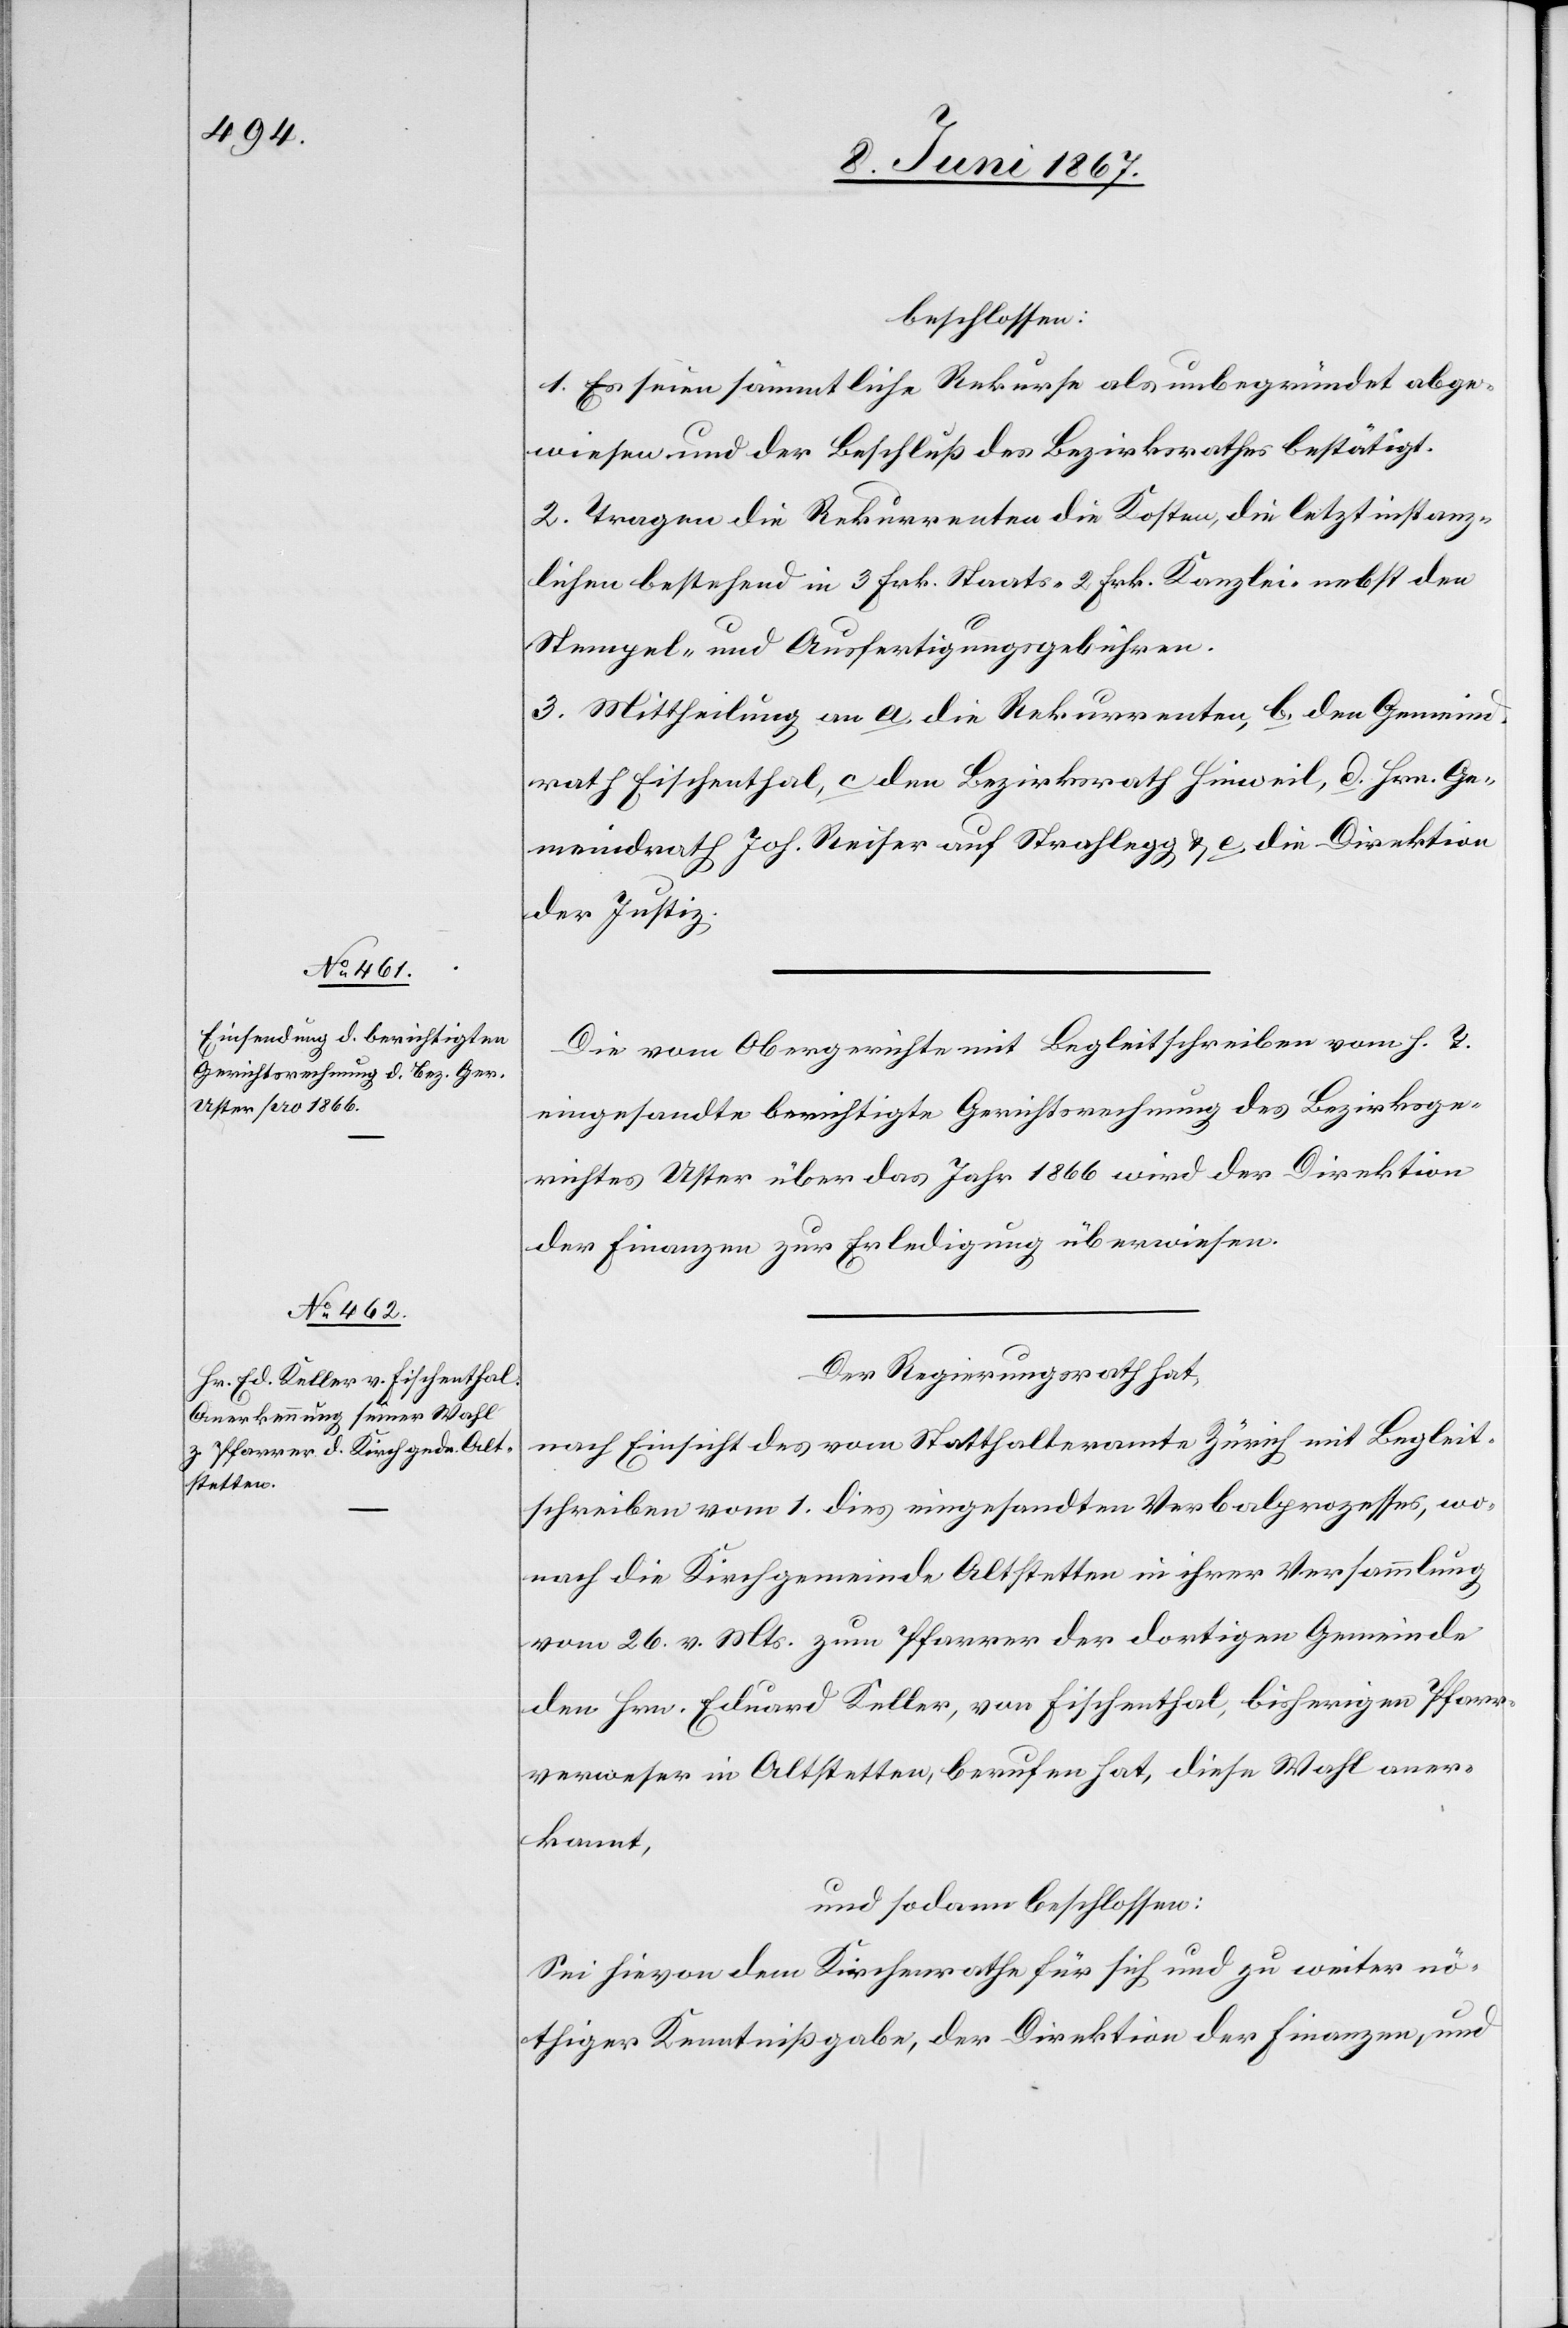
beschlossen:
1. Es seien sämmtliche Rekurse als unbegründet abge¬
wiesen und der Beschluß des Bezirksrathes bestätigt.
2. Tragen die Rekurrenten die Kosten, die letztinstanz¬
lichen bestehend in 3 Frk. Staats-[,] 2 Frk. Kanzlei- nebst den
Stempel- und Ausfertigungsgebühren.
3. Mittheilung an a. die Rekurrenten, b. den Gemeind¬
rath Fischenthal, c, den Bezirksrath Hinweil, d. Hrn. Ge¬
meindrath Joh. Reiser auf Strahlegg u. e. die Direktion
der Justiz.
Die vom Obergerichte mit Begleitschreiben vom h. T.
eingesandte berichtigte Gerichtsrechnung des Bezirksge¬
richtes Uster über das Jahr 1866 wird der Direktion
der Finanzen zur Erledigung überwiesen.
Der Regierungsrath hat,
nach Einsicht des vom Statthalteramte Zürich mit Begleit¬
schreiben vom 1. dies eingesandten Verbalprozesses, wo¬
nach die Kirchgemeinde Altstetten in ihrer Versammlung
vom 26. v. Mts. zum Pfarrer der dortigen Gemeinde
den Hrn. Eduard Keller, von Fischenthal, bisherigen Pfarr¬
verweser in Altstetten, berufen hat, diese Wahl aner¬
kannt,
und sodann beschlossen:
Sei hievon dem Kirchenrathe für sich und zu weiter nö¬
thiger Kenntnißgabe, der Direktion der Finanzen, und